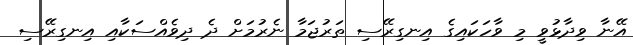
އޭނާ ވިދާޅުވީ މި ވާހަކައިގެ އިނގިރޭސި ތަރުޖަމާ ނެރުމަށް ދެ ދިވެއްސަކާއި އިނގިރޭސި